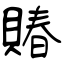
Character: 賰